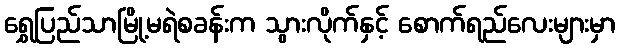
ရွှေပြည်သာမြို့မရဲစခန်းက သွားလိုက်နှင့် စောက်ရည်လေးများမှာ